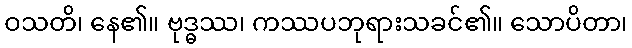
ဝသတိ၊ နေ၏။ ဗုဒ္ဓဿ၊ ကဿပဘုရားသခင်၏။ သောပိတာ၊